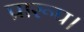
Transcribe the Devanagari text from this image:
प्रारूप।